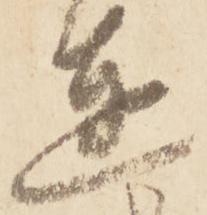
達